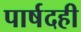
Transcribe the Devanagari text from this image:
पार्षदही